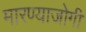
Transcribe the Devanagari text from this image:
मारण्याजोगी